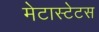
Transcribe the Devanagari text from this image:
मेटास्टेटस